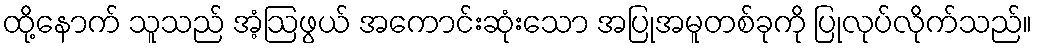
ထို့နောက် သူသည် အံ့ဩဖွယ် အကောင်းဆုံးသော အပြုအမူတစ်ခုကို ပြုလုပ်လိုက်သည်။